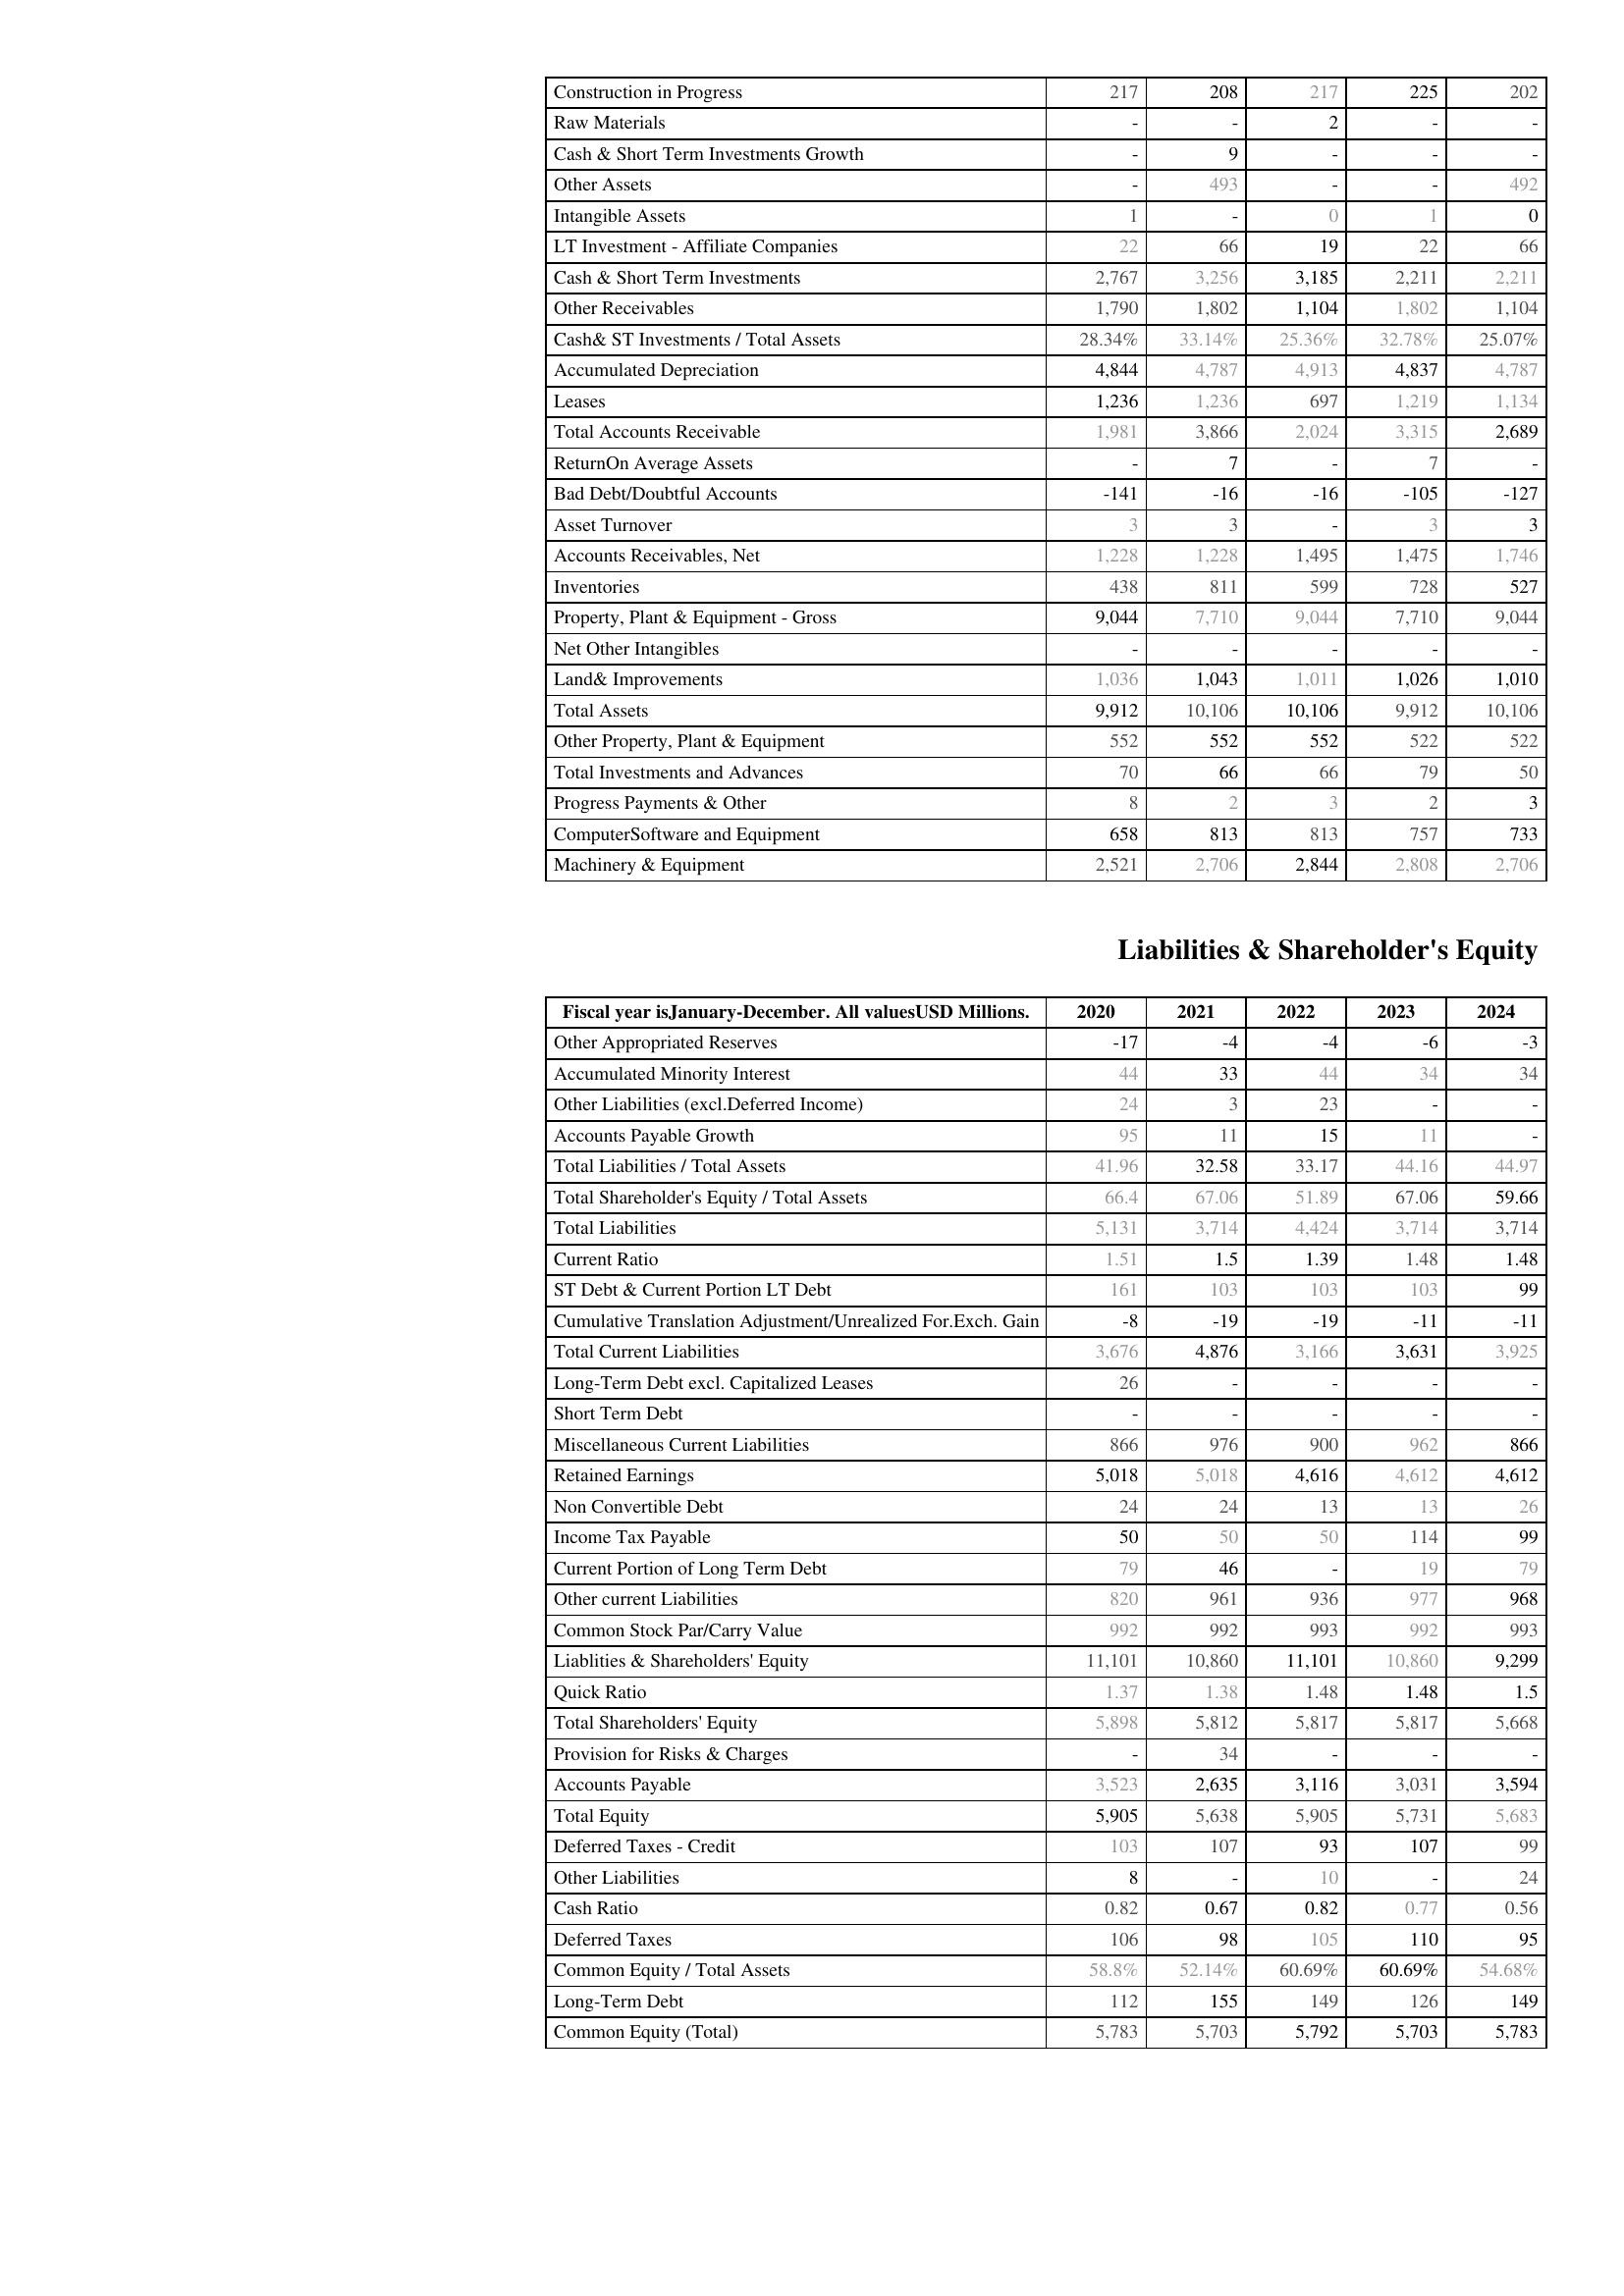
2020: Assets: Construction in Progress: 217
Raw Materials: -
Cash & Short Term Investments Growth: -
Other Assets: -
Intangible Assets: 1
LT Investment - Affiliate Companies: 22
Cash & Short Term Investments: 2,767
Other Receivables: 1,790
Cash& ST Investments / Total Assets: 28.34%
Accumulated Depreciation: 4,844
Leases: 1,236
Total Accounts Receivable: 1,981
ReturnOn Average Assets: -
Bad Debt/Doubtful Accounts: -141
Asset Turnover: 3
Accounts Receivables, Net: 1,228
Inventories: 438
Property, Plant & Equipment - Gross : 9,044
Net Other Intangibles: -
Land& Improvements: 1,036
Total Assets: 9,912
Other Property, Plant & Equipment: 552
Total Investments and Advances: 70
Progress Payments & Other: 8
ComputerSoftware and Equipment: 658
Machinery & Equipment: 2,521
Liabilities & Shareholder's Equity: Other Appropriated Reserves: -17
Accumulated Minority Interest: 44
Other Liabilities (excl.Deferred Income): 24
Accounts Payable Growth: 95
Total Liabilities / Total Assets: 41.96
Total Shareholder's Equity / Total Assets: 66.4
Total Liabilities: 5,131
Current Ratio: 1.51
ST Debt & Current Portion LT Debt: 161
Cumulative Translation Adjustment/Unrealized For.Exch. Gain: -8
Total Current Liabilities: 3,676
Long-Term Debt excl. Capitalized Leases: 26
Short Term Debt: -
Miscellaneous Current Liabilities: 866
Retained Earnings: 5,018
Non Convertible Debt: 24
Income Tax Payable: 50
Current Portion of Long Term Debt: 79
Other current Liabilities: 820
Common Stock Par/Carry Value: 992
Liablities & Shareholders' Equity: 11,101
Quick Ratio: 1.37
Total Shareholders' Equity: 5,898
Provision for Risks & Charges: -
Accounts Payable: 3,523
Total Equity: 5,905
Deferred Taxes - Credit: 103
Other Liabilities: 8
Cash Ratio: 0.82
Deferred Taxes: 106
Common Equity / Total Assets: 58.8%
Long-Term Debt: 112
Common Equity (Total): 5,783
2021: Assets: Construction in Progress: 208
Raw Materials: -
Cash & Short Term Investments Growth: 9
Other Assets: 493
Intangible Assets: -
LT Investment - Affiliate Companies: 66
Cash & Short Term Investments: 3,256
Other Receivables: 1,802
Cash& ST Investments / Total Assets: 33.14%
Accumulated Depreciation: 4,787
Leases: 1,236
Total Accounts Receivable: 3,866
ReturnOn Average Assets: 7
Bad Debt/Doubtful Accounts: -16
Asset Turnover: 3
Accounts Receivables, Net: 1,228
Inventories: 811
Property, Plant & Equipment - Gross : 7,710
Net Other Intangibles: -
Land& Improvements: 1,043
Total Assets: 10,106
Other Property, Plant & Equipment: 552
Total Investments and Advances: 66
Progress Payments & Other: 2
ComputerSoftware and Equipment: 813
Machinery & Equipment: 2,706
Liabilities & Shareholder's Equity: Other Appropriated Reserves: -4
Accumulated Minority Interest: 33
Other Liabilities (excl.Deferred Income): 3
Accounts Payable Growth: 11
Total Liabilities / Total Assets: 32.58
Total Shareholder's Equity / Total Assets: 67.06
Total Liabilities: 3,714
Current Ratio: 1.5
ST Debt & Current Portion LT Debt: 103
Cumulative Translation Adjustment/Unrealized For.Exch. Gain: -19
Total Current Liabilities: 4,876
Long-Term Debt excl. Capitalized Leases: -
Short Term Debt: -
Miscellaneous Current Liabilities: 976
Retained Earnings: 5,018
Non Convertible Debt: 24
Income Tax Payable: 50
Current Portion of Long Term Debt: 46
Other current Liabilities: 961
Common Stock Par/Carry Value: 992
Liablities & Shareholders' Equity: 10,860
Quick Ratio: 1.38
Total Shareholders' Equity: 5,812
Provision for Risks & Charges: 34
Accounts Payable: 2,635
Total Equity: 5,638
Deferred Taxes - Credit: 107
Other Liabilities: -
Cash Ratio: 0.67
Deferred Taxes: 98
Common Equity / Total Assets: 52.14%
Long-Term Debt: 155
Common Equity (Total): 5,703
2022: Assets: Construction in Progress: 217
Raw Materials: 2
Cash & Short Term Investments Growth: -
Other Assets: -
Intangible Assets: 0
LT Investment - Affiliate Companies: 19
Cash & Short Term Investments: 3,185
Other Receivables: 1,104
Cash& ST Investments / Total Assets: 25.36%
Accumulated Depreciation: 4,913
Leases: 697
Total Accounts Receivable: 2,024
ReturnOn Average Assets: -
Bad Debt/Doubtful Accounts: -16
Asset Turnover: -
Accounts Receivables, Net: 1,495
Inventories: 599
Property, Plant & Equipment - Gross : 9,044
Net Other Intangibles: -
Land& Improvements: 1,011
Total Assets: 10,106
Other Property, Plant & Equipment: 552
Total Investments and Advances: 66
Progress Payments & Other: 3
ComputerSoftware and Equipment: 813
Machinery & Equipment: 2,844
Liabilities & Shareholder's Equity: Other Appropriated Reserves: -4
Accumulated Minority Interest: 44
Other Liabilities (excl.Deferred Income): 23
Accounts Payable Growth: 15
Total Liabilities / Total Assets: 33.17
Total Shareholder's Equity / Total Assets: 51.89
Total Liabilities: 4,424
Current Ratio: 1.39
ST Debt & Current Portion LT Debt: 103
Cumulative Translation Adjustment/Unrealized For.Exch. Gain: -19
Total Current Liabilities: 3,166
Long-Term Debt excl. Capitalized Leases: -
Short Term Debt: -
Miscellaneous Current Liabilities: 900
Retained Earnings: 4,616
Non Convertible Debt: 13
Income Tax Payable: 50
Current Portion of Long Term Debt: -
Other current Liabilities: 936
Common Stock Par/Carry Value: 993
Liablities & Shareholders' Equity: 11,101
Quick Ratio: 1.48
Total Shareholders' Equity: 5,817
Provision for Risks & Charges: -
Accounts Payable: 3,116
Total Equity: 5,905
Deferred Taxes - Credit: 93
Other Liabilities: 10
Cash Ratio: 0.82
Deferred Taxes: 105
Common Equity / Total Assets: 60.69%
Long-Term Debt: 149
Common Equity (Total): 5,792
2023: Assets: Construction in Progress: 225
Raw Materials: -
Cash & Short Term Investments Growth: -
Other Assets: -
Intangible Assets: 1
LT Investment - Affiliate Companies: 22
Cash & Short Term Investments: 2,211
Other Receivables: 1,802
Cash& ST Investments / Total Assets: 32.78%
Accumulated Depreciation: 4,837
Leases: 1,219
Total Accounts Receivable: 3,315
ReturnOn Average Assets: 7
Bad Debt/Doubtful Accounts: -105
Asset Turnover: 3
Accounts Receivables, Net: 1,475
Inventories: 728
Property, Plant & Equipment - Gross : 7,710
Net Other Intangibles: -
Land& Improvements: 1,026
Total Assets: 9,912
Other Property, Plant & Equipment: 522
Total Investments and Advances: 79
Progress Payments & Other: 2
ComputerSoftware and Equipment: 757
Machinery & Equipment: 2,808
Liabilities & Shareholder's Equity: Other Appropriated Reserves: -6
Accumulated Minority Interest: 34
Other Liabilities (excl.Deferred Income): -
Accounts Payable Growth: 11
Total Liabilities / Total Assets: 44.16
Total Shareholder's Equity / Total Assets: 67.06
Total Liabilities: 3,714
Current Ratio: 1.48
ST Debt & Current Portion LT Debt: 103
Cumulative Translation Adjustment/Unrealized For.Exch. Gain: -11
Total Current Liabilities: 3,631
Long-Term Debt excl. Capitalized Leases: -
Short Term Debt: -
Miscellaneous Current Liabilities: 962
Retained Earnings: 4,612
Non Convertible Debt: 13
Income Tax Payable: 114
Current Portion of Long Term Debt: 19
Other current Liabilities: 977
Common Stock Par/Carry Value: 992
Liablities & Shareholders' Equity: 10,860
Quick Ratio: 1.48
Total Shareholders' Equity: 5,817
Provision for Risks & Charges: -
Accounts Payable: 3,031
Total Equity: 5,731
Deferred Taxes - Credit: 107
Other Liabilities: -
Cash Ratio: 0.77
Deferred Taxes: 110
Common Equity / Total Assets: 60.69%
Long-Term Debt: 126
Common Equity (Total): 5,703
2024: Assets: Construction in Progress: 202
Raw Materials: -
Cash & Short Term Investments Growth: -
Other Assets: 492
Intangible Assets: 0
LT Investment - Affiliate Companies: 66
Cash & Short Term Investments: 2,211
Other Receivables: 1,104
Cash& ST Investments / Total Assets: 25.07%
Accumulated Depreciation: 4,787
Leases: 1,134
Total Accounts Receivable: 2,689
ReturnOn Average Assets: -
Bad Debt/Doubtful Accounts: -127
Asset Turnover: 3
Accounts Receivables, Net: 1,746
Inventories: 527
Property, Plant & Equipment - Gross : 9,044
Net Other Intangibles: -
Land& Improvements: 1,010
Total Assets: 10,106
Other Property, Plant & Equipment: 522
Total Investments and Advances: 50
Progress Payments & Other: 3
ComputerSoftware and Equipment: 733
Machinery & Equipment: 2,706
Liabilities & Shareholder's Equity: Other Appropriated Reserves: -3
Accumulated Minority Interest: 34
Other Liabilities (excl.Deferred Income): -
Accounts Payable Growth: -
Total Liabilities / Total Assets: 44.97
Total Shareholder's Equity / Total Assets: 59.66
Total Liabilities: 3,714
Current Ratio: 1.48
ST Debt & Current Portion LT Debt: 99
Cumulative Translation Adjustment/Unrealized For.Exch. Gain: -11
Total Current Liabilities: 3,925
Long-Term Debt excl. Capitalized Leases: -
Short Term Debt: -
Miscellaneous Current Liabilities: 866
Retained Earnings: 4,612
Non Convertible Debt: 26
Income Tax Payable: 99
Current Portion of Long Term Debt: 79
Other current Liabilities: 968
Common Stock Par/Carry Value: 993
Liablities & Shareholders' Equity: 9,299
Quick Ratio: 1.5
Total Shareholders' Equity: 5,668
Provision for Risks & Charges: -
Accounts Payable: 3,594
Total Equity: 5,683
Deferred Taxes - Credit: 99
Other Liabilities: 24
Cash Ratio: 0.56
Deferred Taxes: 95
Common Equity / Total Assets: 54.68%
Long-Term Debt: 149
Common Equity (Total): 5,783